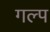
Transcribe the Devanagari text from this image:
गल्‍प